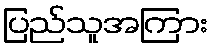
ပြည်သူအကြား